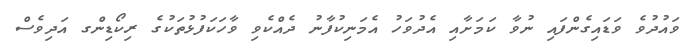
ވައުދުވެ ވަޑައިގެންފައި ނުވާ ކަމަށާއި އެދުވަހު އެމަނިކުފާނު ދެއްކެވި ވާހަކަފުޅުތަކުގެ ރިކޯޑިންގ އަދިވެސް